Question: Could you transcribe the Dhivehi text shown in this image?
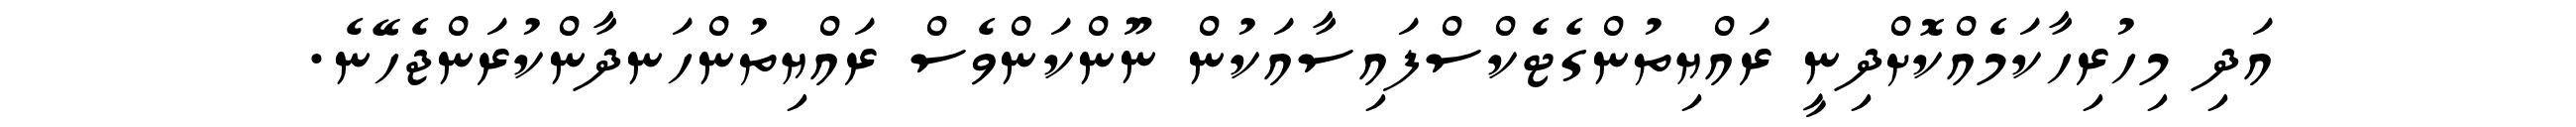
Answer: އަދި މިހުރިހާކަމެއްކޮށްދިނީ ރައްޔިތުންގެޓެކްސްފައިސާއަކުން ނޫންކަންވެސް ރައްޔިތުންހަނދާންކުރަންޖެހޭނެ.